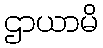
ဌာယာမိ